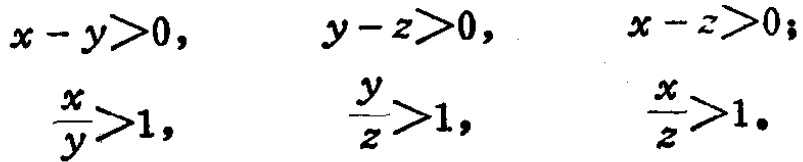
\[
\begin{align*}
x - y>0, &\quad y - z>0, &\quad x - z>0;\\
\frac{x}{y}>1, &\quad \frac{y}{z}>1, &\quad \frac{x}{z}>1.
\end{align*}
\]